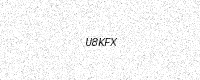
Text: U8KFX